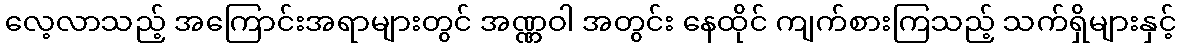
လေ့လာသည့် အကြောင်းအရာများတွင် အဏ္ဏဝါ အတွင်း နေထိုင် ကျက်စားကြသည့် သက်ရှိများနှင့်